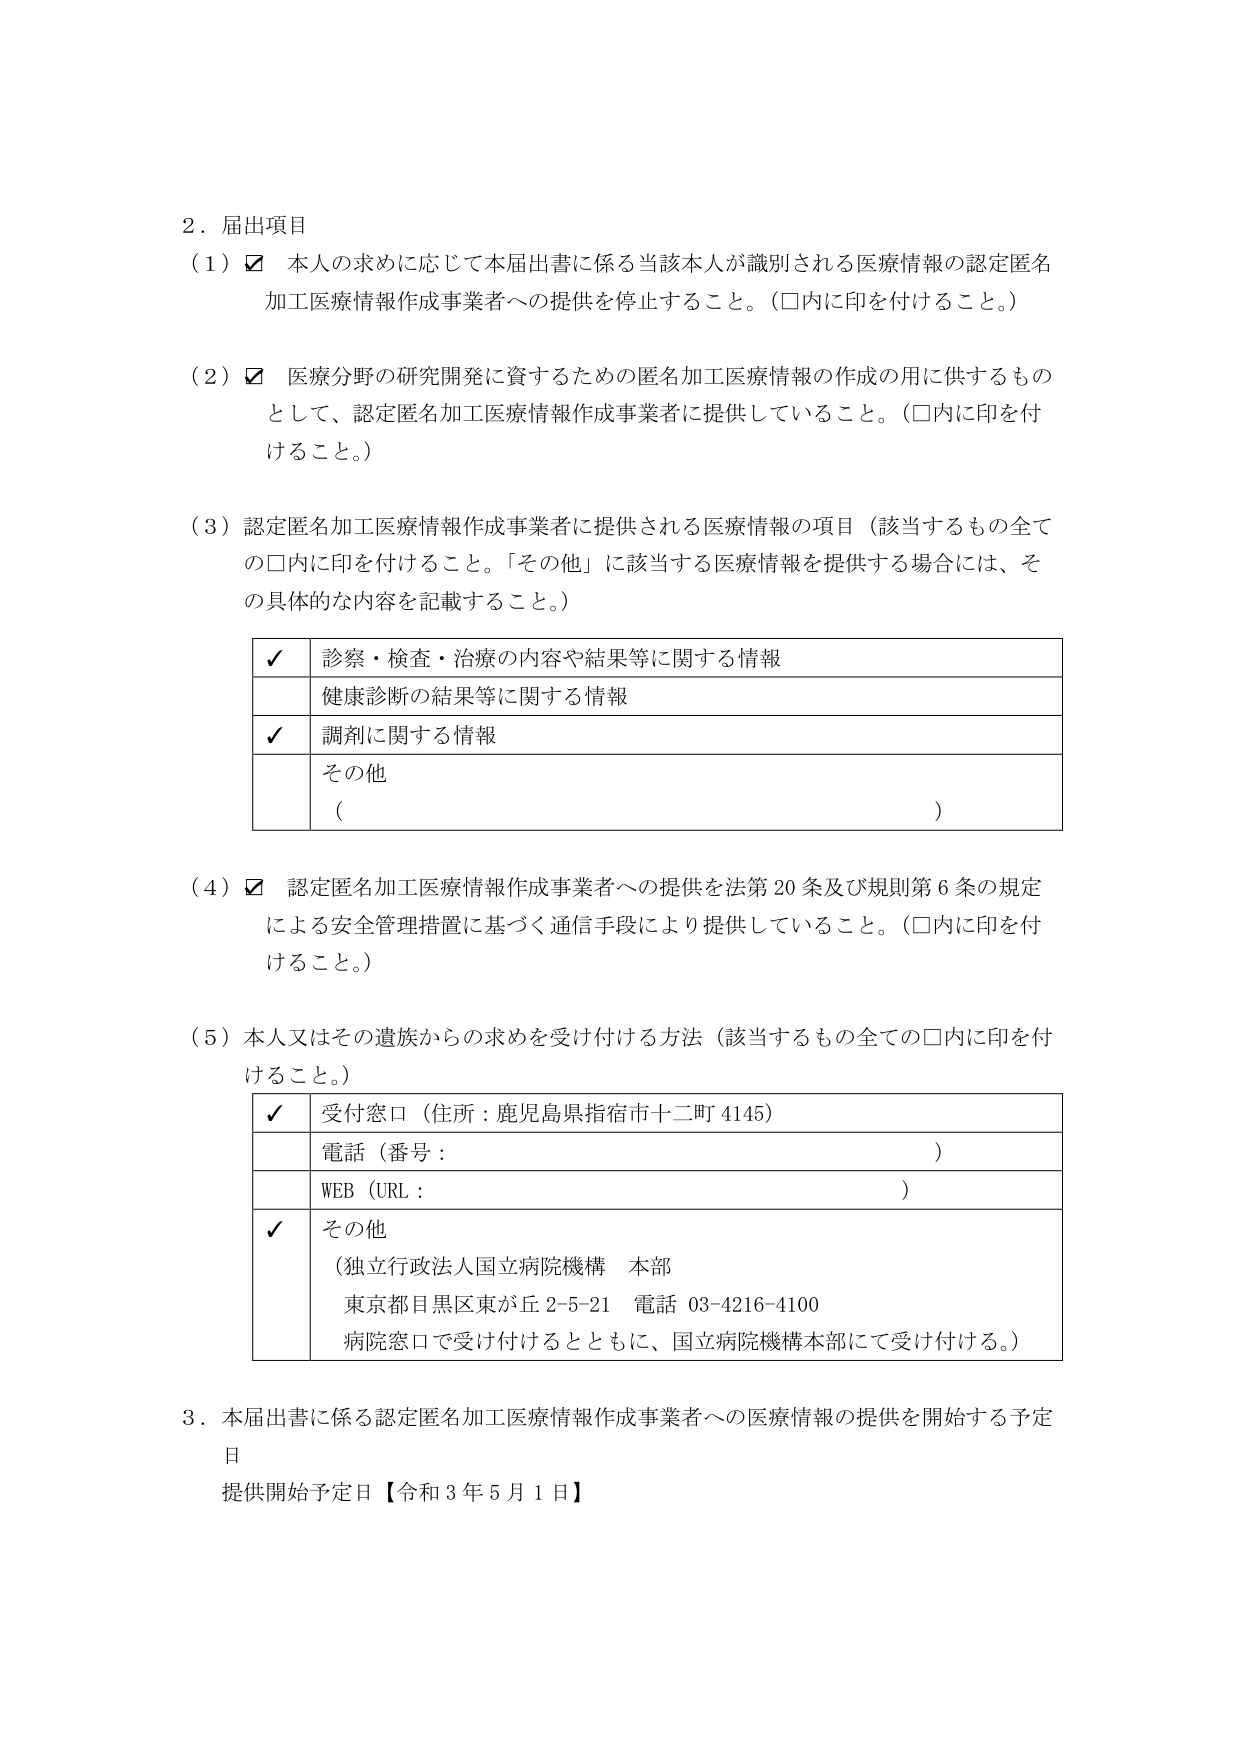
2．届出項目
（1）☑ 本人の求めに応じて本届出書に係る当該本人が識別される医療情報の認定匿名加工医療情報作成事業者への提供を停止すること。（□内に印を付けること。）

（2）☑ 医療分野の研究開発に資するための匿名加工医療情報の作成の用に供するものとして、認定匿名加工医療情報作成事業者に提供していること。（□内に印を付けること。）

（3）認定匿名加工医療情報作成事業者に提供される医療情報の項目（該当するもの全ての□内に印を付けること。「その他」に該当する医療情報を提供する場合には、その具体的な内容を記載すること。）

✓ 診察・検査・治療の内容や結果等に関する情報
　 健康診断の結果等に関する情報
✓ 調剤に関する情報
　 その他
　（　　　　　　　　　　　　　　　　　　　　　　　　　　　　　　　　　　　　　）

（4）☑ 認定匿名加工医療情報作成事業者への提供を法第20条及び規則第6条の規定による安全管理措置に基づく通信手段により提供していること。（□内に印を付けること。）

（5）本人又はその遺族からの求めを受け付ける方法（該当するもの全ての□内に印を付けること。）

✓ 受付窓口（住所：鹿児島県指宿市十二町4145）
　 電話（番号：　　　　　　　　　　　　　　　　　　　　　　　　　　　　　　）
　 WEB（URL：　　　　　　　　　　　　　　　　　　　　　　　　　　　　　　　）
✓ その他
　（独立行政法人国立病院機構 本部
　 東京都目黒区東が丘2-5-21 電話 03-4216-4100
　 病院窓口で受け付けるとともに、国立病院機構本部にて受け付ける。）

3．本届出書に係る認定匿名加工医療情報作成事業者への医療情報の提供を開始する予定日
　提供開始予定日【令和3年5月1日】